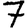
Digit: 7